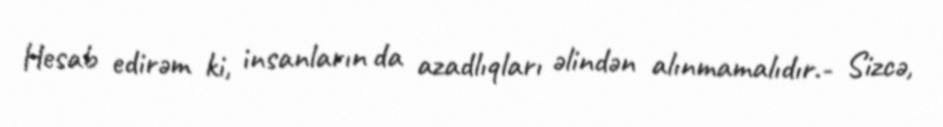
Hesab edirəm ki, insanların da azadlıqları əlindən alınmamalıdır.- Sizcə,